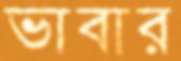
ভাবার